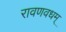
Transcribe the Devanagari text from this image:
रावणवधम्